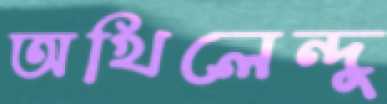
অখিলেন্দু